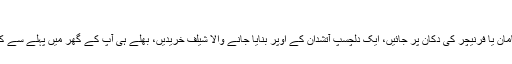
کوئی مسئلہ نہیں
کسی تعمیراتی سامان یا فرنیچر کی دکان پر جائیں، ایک دلچسپ آتشدان کے اُوپر بنایا جانے والا شیلف خریدیں، بھلے ہی آپ کے گھر میں پہلے سے کوئی آتشدان نہ ہو۔